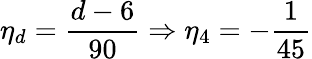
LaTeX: \eta_{d}=\frac{d-6}{90}\Rightarrow\eta_{4}=-\frac{1}{45}